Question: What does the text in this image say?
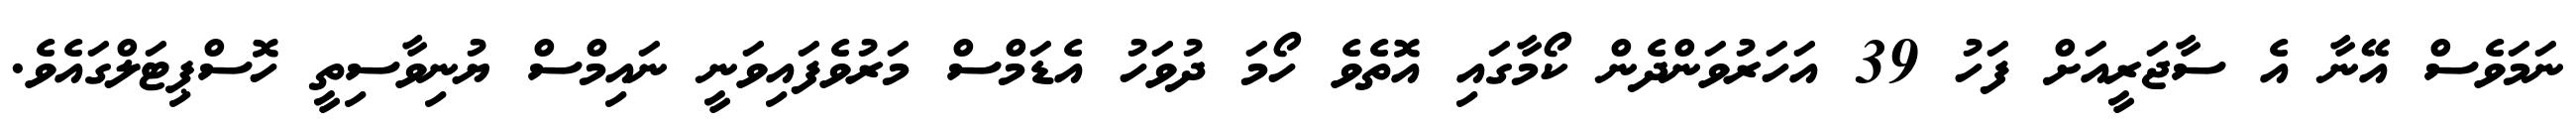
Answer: ނަމަވެސް އޭނާ އެ ސާޖަރީއަށް ފަހު 39 އަހަރުވަންދެން ކޯމާގައި އޮތެވެ ހޯމަ ދުވަހު އެޑަމްސް މަރުވެފައިވަނީ ނައިމްސް ޔުނިވާސިތީ ހޮސްޕިޓަލްގައެވެ.